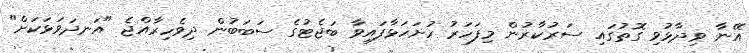
އޭނާ ވިދާޅުވި ގޮތުގައި ސަރުކާރުން މިފަހަރު ހުށަހަޅާފައިވާ ބަޖެޓުގެ ސަބަބުން ދިވެހިރާއްޖެ "އަނދަވަޅަކަށް"